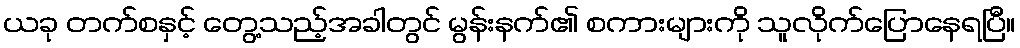
ယခု တက်စနှင့် တွေ့သည့်အခါတွင် မွန်းနက်၏ စကားများကို သူလိုက်ပြောနေရပြီ။